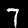
Label: 7